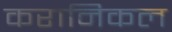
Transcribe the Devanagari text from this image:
करानिकल